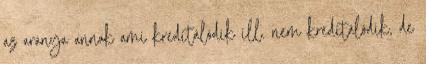
az aránya annak ami kreditálódik ill. nem kreditálódik, de